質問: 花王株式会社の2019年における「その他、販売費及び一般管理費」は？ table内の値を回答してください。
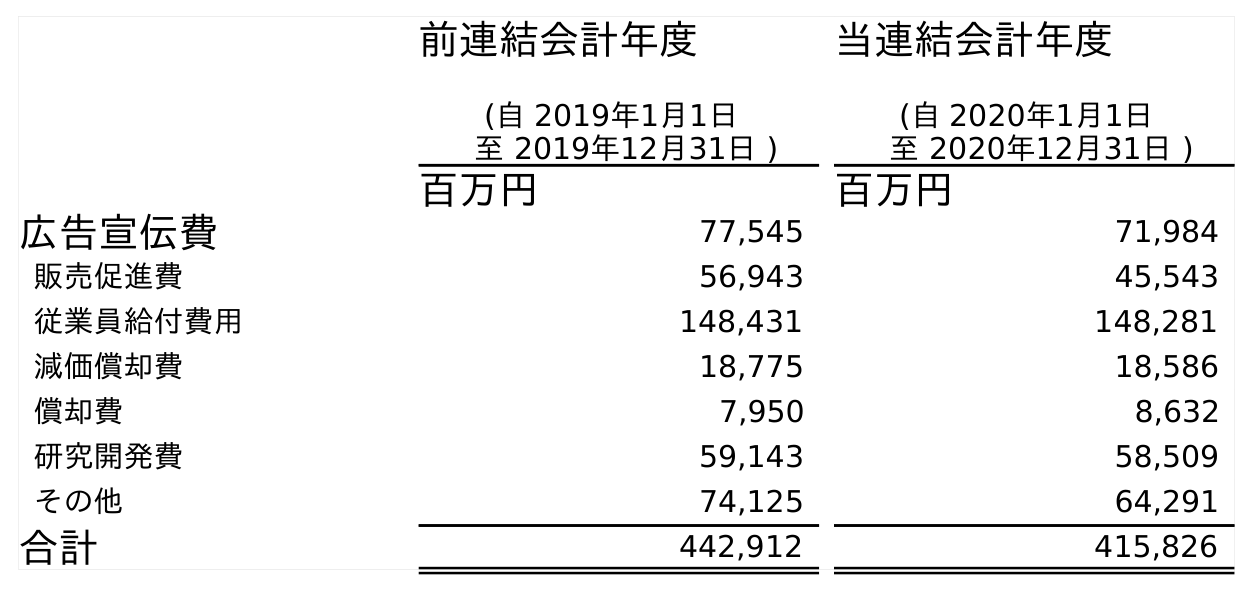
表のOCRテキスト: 前連結会計年度 (自 2019年1月1日 至 2019年12月31日 ) 当連結会計年度 (自 2020年1月1日 至 2020年12月31日 ) 百万円 百万円 広告宣伝費 77,545 71,984 販売促進費 56,943 45,543 従業員給付費用 148,431 148,281 減価償却費 18,775 18,586 償却費 7,950 8,632 研究開発費 59,143 58,509 その他 74,125 64,291 合計 442,912 415,826
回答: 74,125